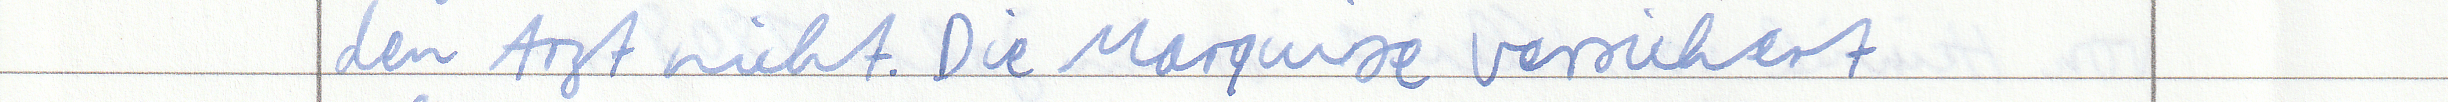
den Arzt nicht. Die Marquise versichert